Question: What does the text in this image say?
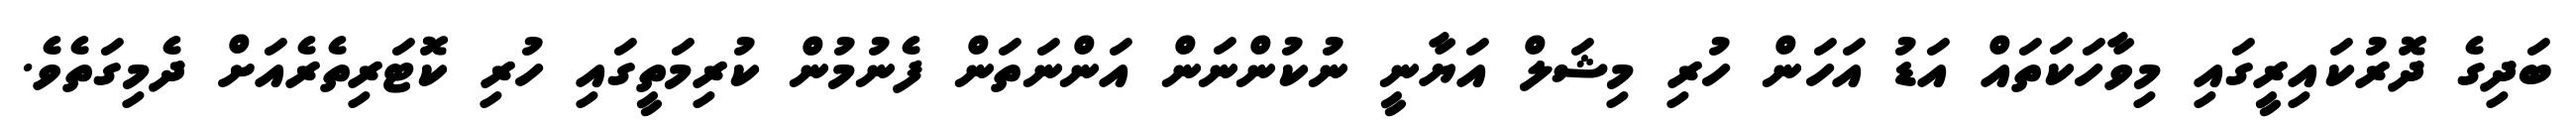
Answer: ބަދިގެ ދޮރުކައިރީގައި މިވާހަކަތައް އަޑު އަހަން ހުރި މިޝަލް އަޔާނީ ނުކުންނަން އަންނަތަން ފެނުމުން ކުރިމަތީގައި ހުރި ކޮޓަރިތެރެއަށް ދެމިގަތެވެ.